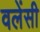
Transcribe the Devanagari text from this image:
वलेंसी